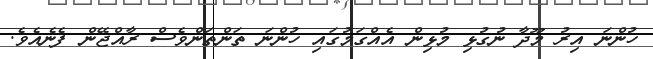
ހުންނަ އިރު މޫދާ ނުގުޅި މުޅިން އެއްގަމުގައި ހުންނަ ތަންތަންވެސް ރާއްޖޭން ފެނެއެވެ.